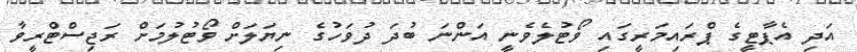
އަދި އެޕާޓީގެ ޕްރައިމަރީގައި ވޯޓުލެވެނީ އަންނަ ބުދަ ދުވަހުގެ ނިޔަލަށް ވޯޓުލުމަށް ރަޖިސްޓްރީވާ